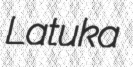
Latuka